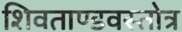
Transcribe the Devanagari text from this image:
शिवताण्डवस्तोत्र